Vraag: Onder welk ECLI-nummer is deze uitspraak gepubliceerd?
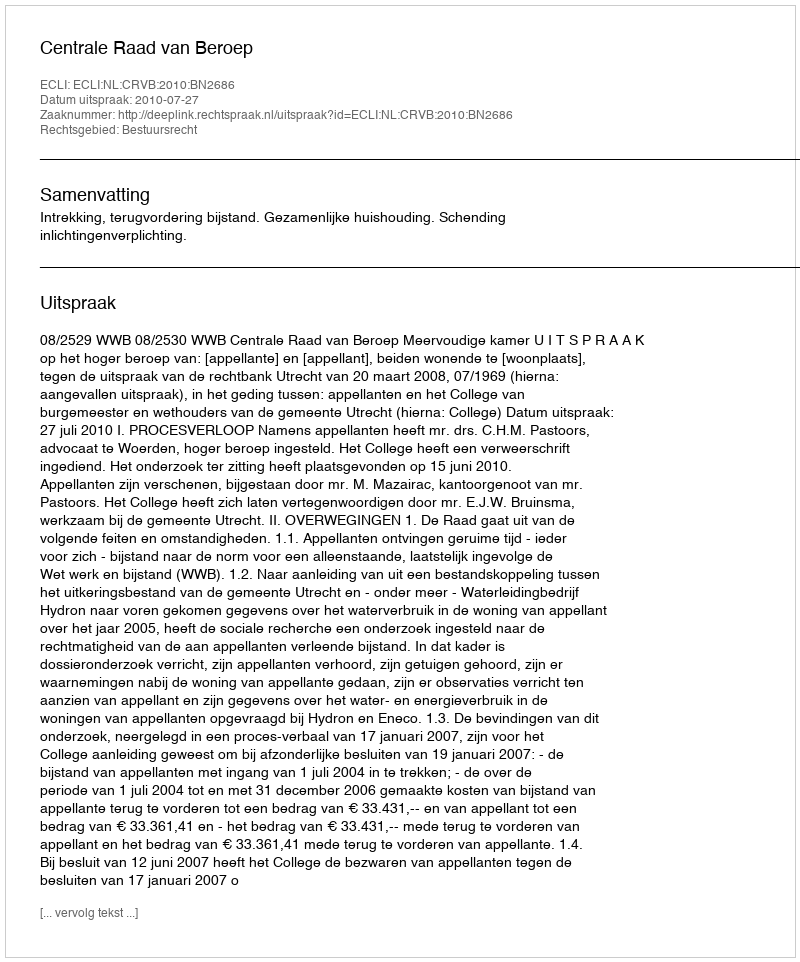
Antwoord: ECLI:NL:CRVB:2010:BN2686